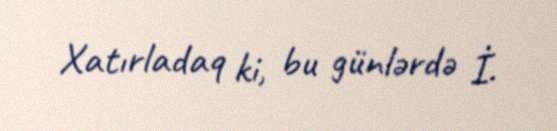
Xatırladaq ki, bu günlərdə İ.